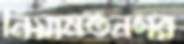
নিয়ামতনগর